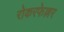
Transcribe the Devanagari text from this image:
रोकरफेल्लर